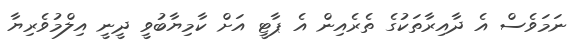
ނަމަވެސް އެ ދާއިރާތަކުގެ ތެރެއިން އެ ޕާޓީ އަށް ކާމިޔާބުވީ ދީނީ އިލްމުވެރިޔާ